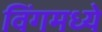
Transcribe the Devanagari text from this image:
विंगमध्ये